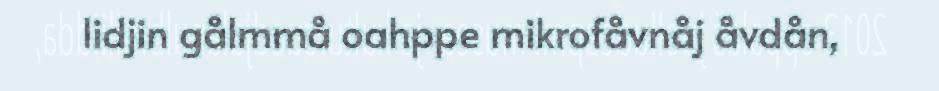
lidjin gålmmå oahppe mikrofåvnåj åvdån,